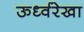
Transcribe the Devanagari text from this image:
ऊर्ध्वरेखा